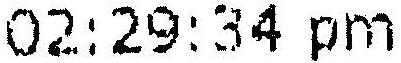
02:29:34 PM